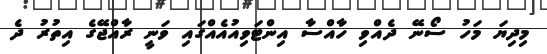
މިދިޔަ މަހު ސޯނޭ ދެއްވި ހާއްސާ އިންޓަވިއުއެއްގައި ވަނީ ރާއްޖޭގެ އިތުރު ދެ